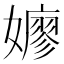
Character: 𫲋